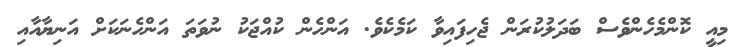
މިއީ ކޮންމެހެންވެސް ބަދަލުކުރަން ޖެހިފައިވާ ކަމެކެވެ. އަންހެން ކުއްޖަކު ނުވަތަ އަންހެނަކަށް އަނިޔާއާއި